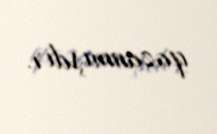
qazanmışdır.